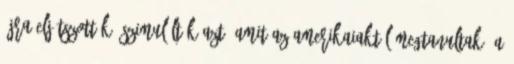
újra eljátszották, szimulálták azt, amit az amerikaiaktól megtanultak. A